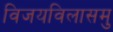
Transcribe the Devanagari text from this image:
विजयविलासमु